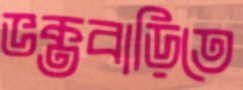
ভক্তবাড়িতে